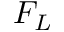
F _ { L }